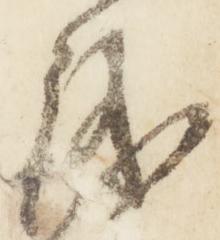
儀